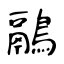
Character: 鷊